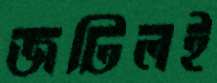
জটিলই